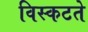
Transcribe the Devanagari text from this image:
विस्कटते